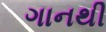
ગાનથી